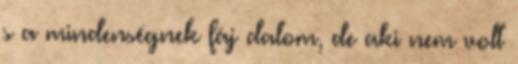
s a mindenségnek fáj dalom, de aki nem volt